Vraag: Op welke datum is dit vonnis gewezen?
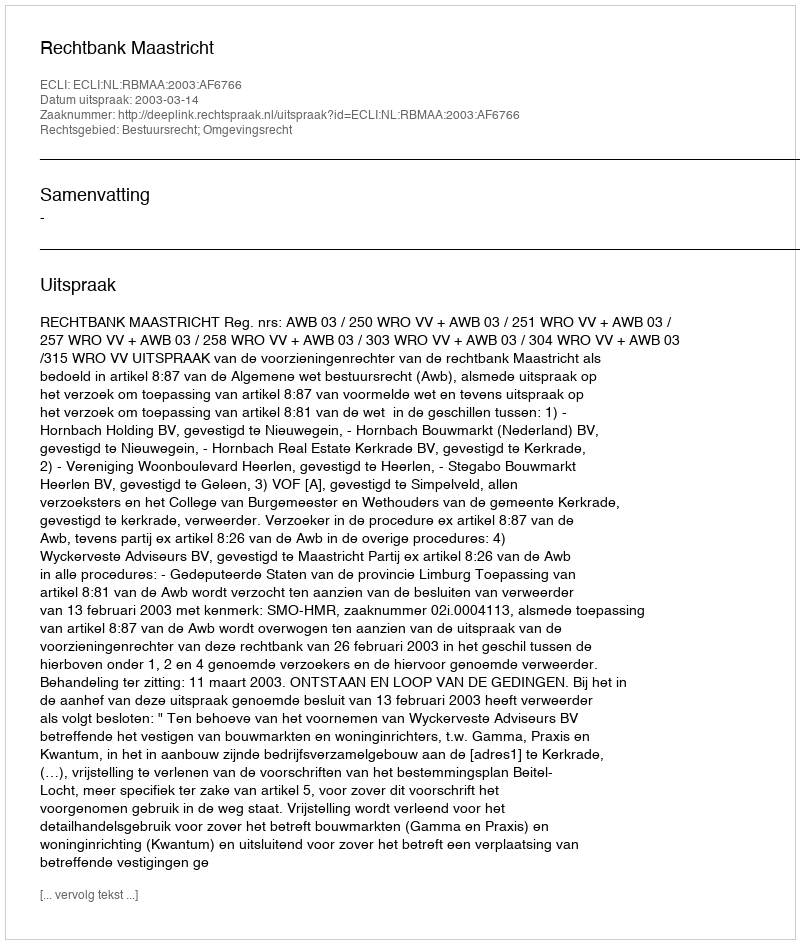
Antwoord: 2003-03-14